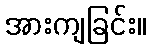
အားကျခြင်း။